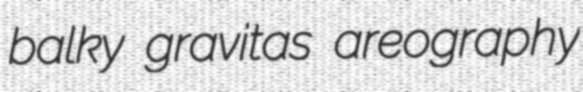
balky gravitas areography